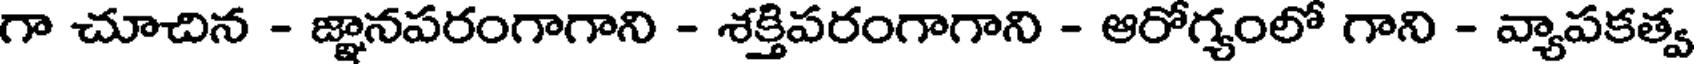
గా చూచిన - జ్ఞానపరంగాగాని - శక్తిపరంగాగాని - ఆరోగ్యంలో గాని - వ్యాపకత్వ